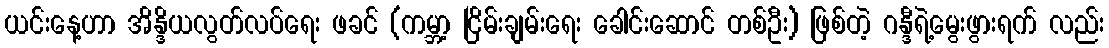
ယင်းနေ့ဟာ အိန္ဒိယလွတ်လပ်ရေး ဖခင် (ကမ္ဘာ့ ငြိမ်းချမ်းရေး ခေါင်းဆောင် တစ်ဦး) ဖြစ်တဲ့ ဂန္ဒီရဲ့မွေးဖွားရက် လည်း